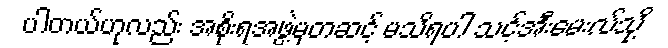
ပါတယ်ဟုလည်း အစိုးရအဖွဲ့မှတဆင့် မသိရပါ သင့်အီးမေးလ်သို့